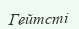
Гейтсті